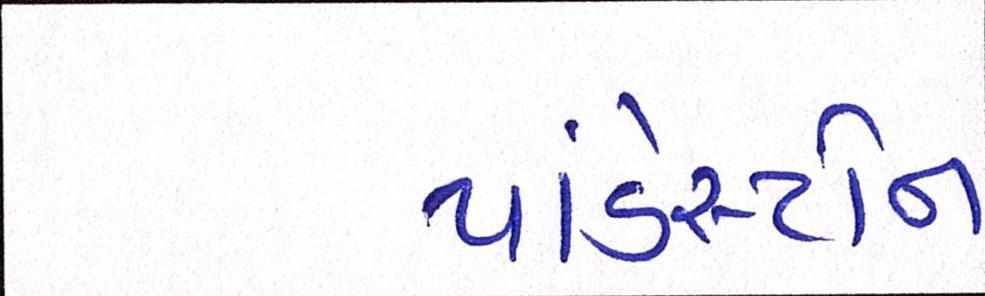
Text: પાંડેસ્ટોન